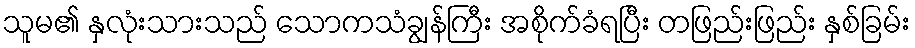
သူမ၏ နှလုံးသားသည် သောကသံချွန်ကြီး အစိုက်ခံရပြီး တဖြည်းဖြည်း နှစ်ခြမ်း